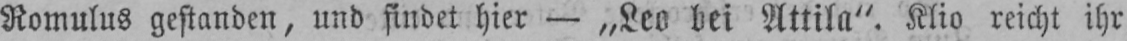
Romulus gestanden, und findet hier - „Leo bei Attila“. Klio reicht ihr